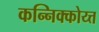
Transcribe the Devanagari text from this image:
कन्निक्कोय्त्त